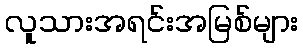
လူသားအရင်းအမြစ်များ